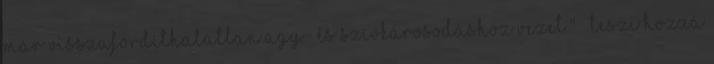
már visszafordíthatatlan agy- és szívkárosodáshoz vezet." – teszi hozzá